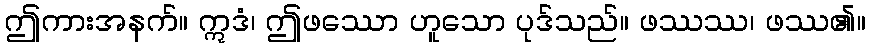
ဤကားအနက်။ ဣဒံ၊ ဤဖဿော ဟူသော ပုဒ်သည်။ ဖဿဿ၊ ဖဿ၏။